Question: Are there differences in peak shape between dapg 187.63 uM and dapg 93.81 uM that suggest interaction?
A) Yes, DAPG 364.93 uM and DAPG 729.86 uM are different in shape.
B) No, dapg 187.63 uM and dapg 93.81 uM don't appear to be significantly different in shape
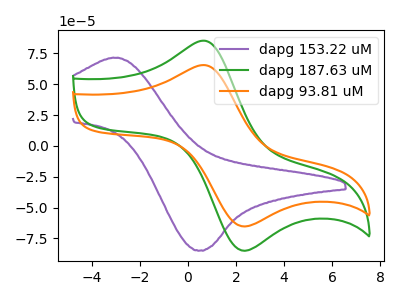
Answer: <think>The purple curve "dapg 153.22 uM" has an anodic peak at (-2.85V, 71.40uA) and a cathodic peak at (0.50V, -84.95uA). The green curve "dapg 187.63 uM" has an anodic peak at (0.75V, 85.15uA) and a cathodic peak at (2.30V, -85.10uA). The orange curve "dapg 93.81 uM" has an anodic peak at (0.75V, 65.40uA) and a cathodic peak at (2.30V, -65.40uA).
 All the peaks in "dapg 187.63 uM" have a peak in "dapg 93.81 uM" at the same potential. Every peak in "dapg 187.63 uM" is higher than every peak in "dapg 93.81 uM".</think>
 <answer>B) No, "dapg 187.63 uM" and "dapg 93.81 uM" don't appear to be significantly different in shape</answer>
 <eval>B</eval>